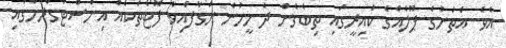
އެވެ. އެތަނުގެ ޕޫލެއްގެ ކައިރީގައި ތިބެގެން ދެ މީހުން ނަގާފައިވާ ފޮޓޯތަކެއް އިންސްޓަގްރާމްގައި